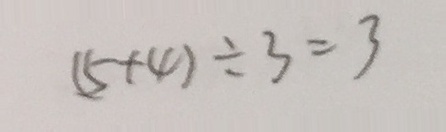
( 5 + 4 ) \div 3 = 3